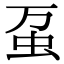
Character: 虿